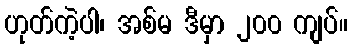
ဟုတ်ကဲ့ပါ၊ အစ်မ ဒီမှာ ၂၀၀ ကျပ်။